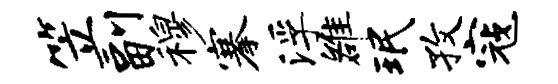
笠副穆搴浮雒珉孜寇